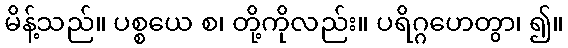
မိန့်သည်။ ပစ္စယေ စ၊ တို့ကိုလည်း။ ပရိဂ္ဂဟေတွာ၊ ၍။